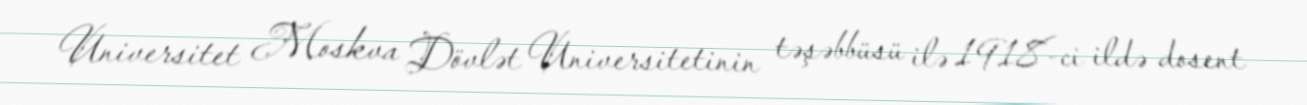
Universitet Moskva Dövlət Universitetinin təşəbbüsü ilə 1918-ci ildə dosent